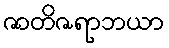
ဇာတိဇရာဘယာ